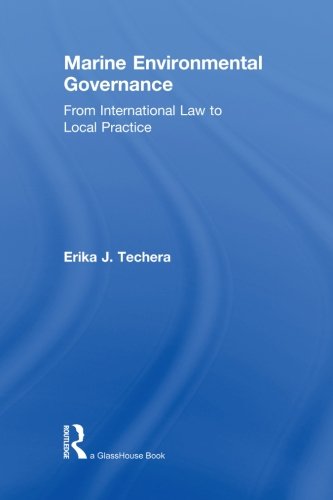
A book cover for Marine Environmental Governance: From International Law to Local Practice; Erika Techera; Law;